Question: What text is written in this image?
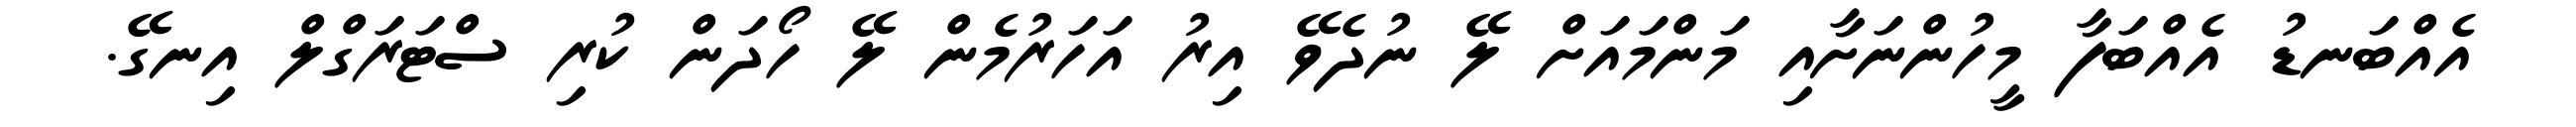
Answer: އެއްބަނޑު އެއްބަފާ މީހުންނަށާއި މަންމައަށް ލޭ ނުދެވޭ އިރު އަހަރުމެން ލޭ ހޯދަން ކުރި ސްޓަރަގްލް އިނގޭ.